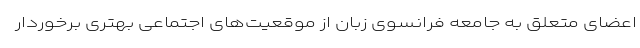
اعضای متعلق به جامعه فرانسوی زبان از موقعیت‌های اجتماعی بهتری برخوردار